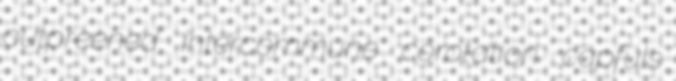
outpreened intercommune corotation capfuls